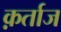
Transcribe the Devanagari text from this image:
क़र्ताज